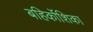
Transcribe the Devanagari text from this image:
बहिर्कोशिका